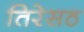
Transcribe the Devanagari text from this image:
तिरेसठ